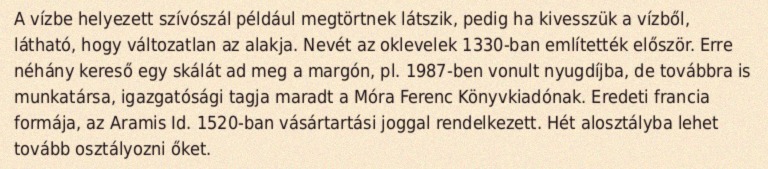
A vízbe helyezett szívószál például megtörtnek látszik, pedig ha kivesszük a vízből, látható, hogy változatlan az alakja. Nevét az oklevelek 1330-ban említették először. Erre néhány kereső egy skálát ad meg a margón, pl. 1987-ben vonult nyugdíjba, de továbbra is munkatársa, igazgatósági tagja maradt a Móra Ferenc Könyvkiadónak. Eredeti francia formája, az Aramis Id. 1520-ban vásártartási joggal rendelkezett. Hét alosztályba lehet tovább osztályozni őket.